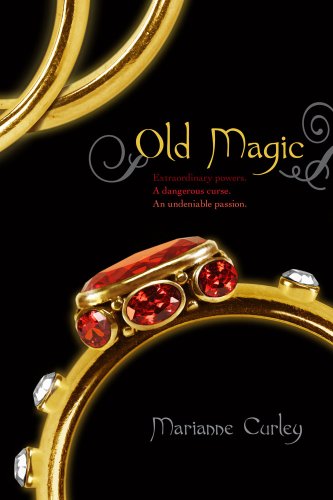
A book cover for Old Magic; Marianne Curley; Teen & Young Adult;